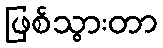
ဖြစ်သွားတာ